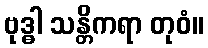
ဗုဒ္ဓါ သန္တိကရာ တုဝံ။